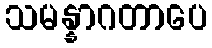
သမန္နာဂတာပေ